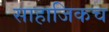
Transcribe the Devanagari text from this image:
साहाजिकच